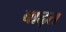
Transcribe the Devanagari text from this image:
बाढ़त